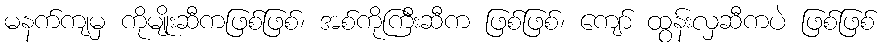
မနက်ကျမှ ကိုမျိုးဆီကဖြစ်ဖြစ်၊ အစ်ကိုကြီးဆီက ဖြစ်ဖြစ်၊ ကျော် ထွန်းလှဆီကပဲ ဖြစ်ဖြစ်